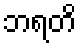
ဘရတိ